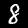
Label: 8